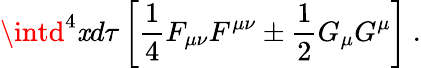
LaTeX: \intd^{4}\mathit{x}d\tau\left[\frac{1}{4}F_{\mu\nu}F^{\mu\nu}\pm\frac{1}{2}G_{\mu}G^{\mu}\right]\ .